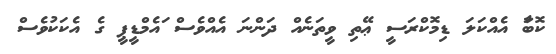
ކޮބާަ އެއްކަލަ ޑިމޮކްރަސީ ޢޭތި ވީތަނެއް ދަންނަ އެއްވެސް ައެމްޑީޕީ ގެ އެކަކުވެސް